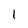
Character: I